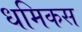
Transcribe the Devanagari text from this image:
धमिकस